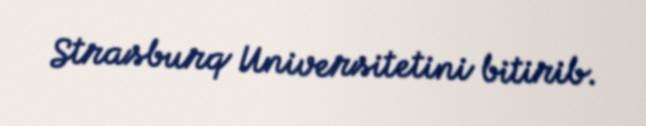
Strasburq Universitetini bitirib.